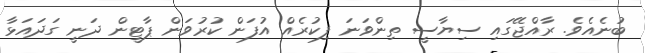
ބުނެއެވެ. ރާއްޖޭގައި ސިޔާސީ ތިންވަނަ ފިކުރެއް އުފަން ކުުރުވަން ޕާޓީން ދަނީ ގަދައަޅާ